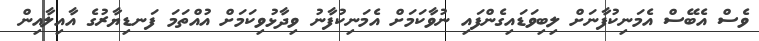
ވެސް އެބޭސް އެމަނިކުފާނަށް ލިބިވަޑައިގެންފައި ނުވާކަމަށް އެމަނިކުފާނު ވިދާޅުވިކަމަށް އުއްތަމަ ފަނޑިޔާރުގެ އާއިލާއިން